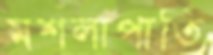
মশলাপাতি